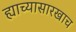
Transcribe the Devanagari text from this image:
ह्याच्यासारखाच